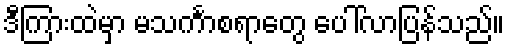
ဒီကြားထဲမှာ မသင်္ကာစရာတွေ ပေါ်လာပြန်သည်။